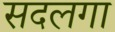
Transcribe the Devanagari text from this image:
सदलगा